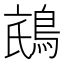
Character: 𱈧